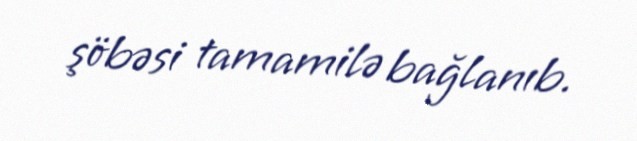
şöbəsi tamamilə bağlanıb.